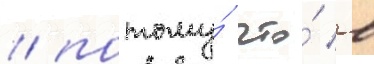
/ потому́ что́ в